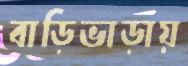
বাড়িভাড়ায়